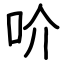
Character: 吤